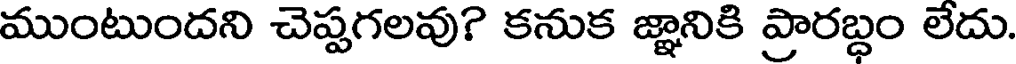
ముంటుందని చెప్పగలవు? కనుక జ్ఞానికి ప్రారబ్ధం లేదు.